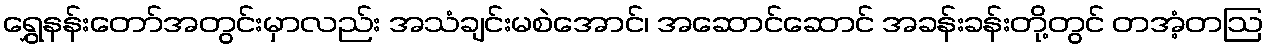
ရွှေနန်းတော်အတွင်းမှာလည်း အသံချင်းမစဲအောင်၊ အဆောင်ဆောင် အခန်းခန်းတို့တွင် တအံ့တဩ